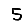
Digit: 5